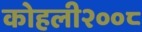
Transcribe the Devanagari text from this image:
कोहली२००८